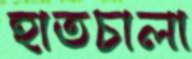
হাতচালা